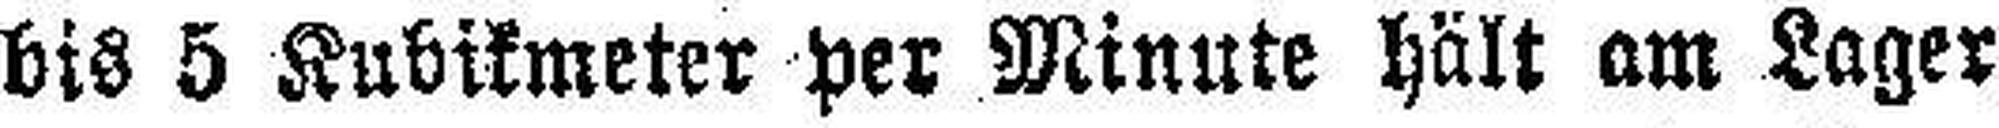
bis 5 Kubikmeter per Minute hält am Lager